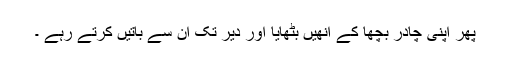
پھر اپنی چادر بچھا کے انھیں بٹھایا اور دیر تک ان سے باتیں کرتے رہے ۔